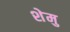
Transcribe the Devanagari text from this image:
शेमु